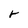
Character: r